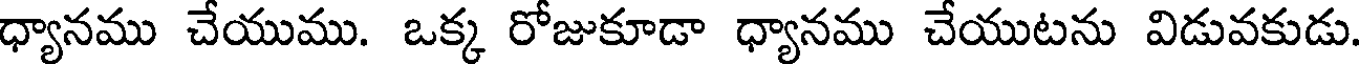
ధ్యానము చేయుము. ఒక్క రోజుకూడా ధ్యానము చేయుటను విడువకుడు